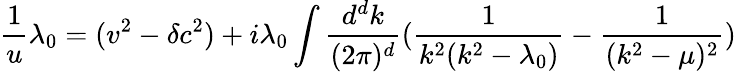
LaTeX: \frac{1}{u}\lambda_{0}=(v^{2}-\delta c^{2})+i\lambda_{0}\int\frac{d^{d}k}{(2\pi)^{d}}(\frac{1}{k^{2}(k^{2}-\lambda_{0})}-\frac{1}{(k^{2}-\mu)^{2}})